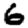
Digit: 6